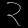
Digit: ၃